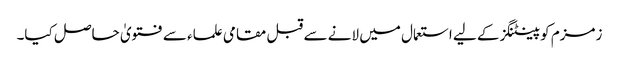
زمزم کو پینٹنگز کے لیے استعمال میں لانے سے قبل مقامی علماء سے فتویٰ حاصل کیا۔